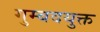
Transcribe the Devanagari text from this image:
गुम्बदयुक्त